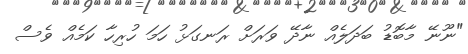
"ނޫނޭ މާބޮޑު ބަދަލެއް ނާދޭ ވަރަށް ރަނގަޅު ހަމަ ހުރިހާ ކަމެއް ވެސް